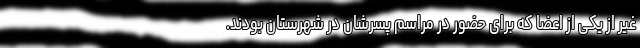
غیر از یکی از اعضا که برای حضور در مراسم پسرشان در شهرستان بودند.